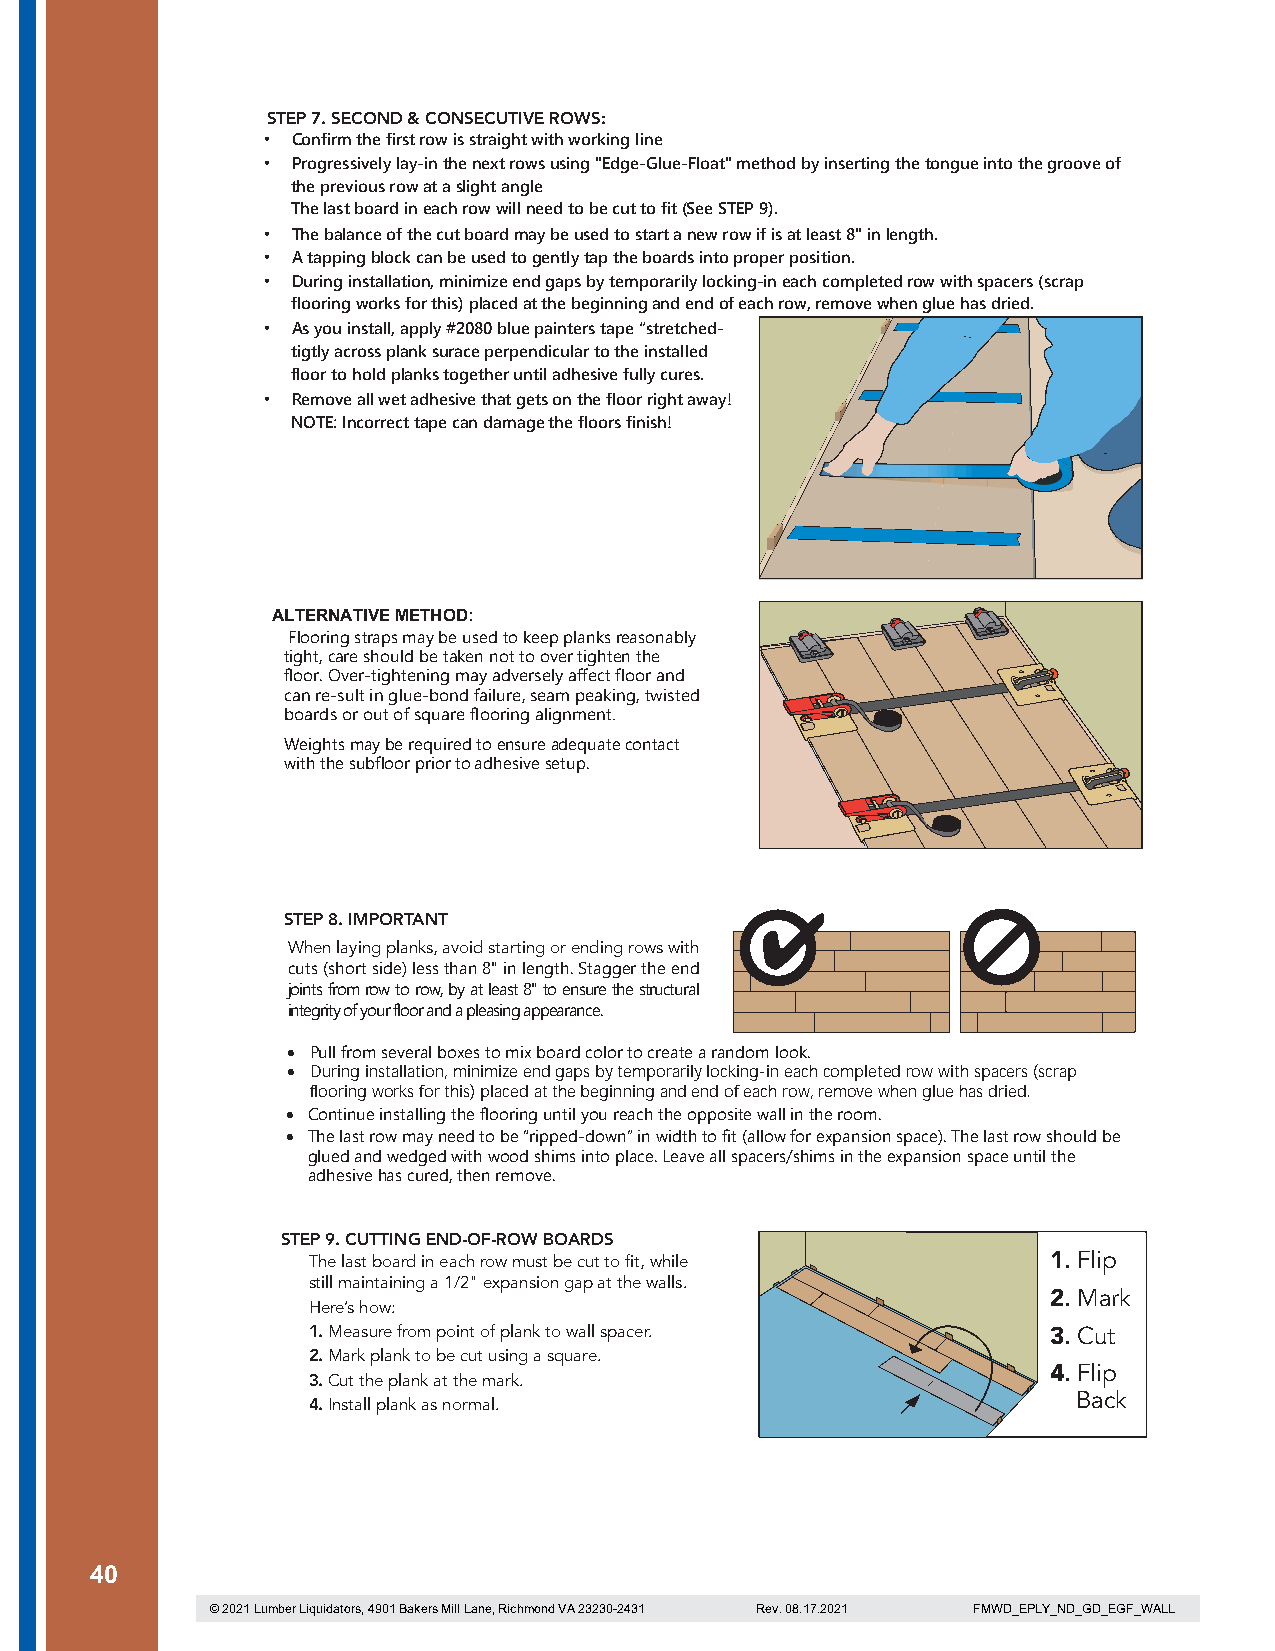
STEP 7. SECOND & CONSECUTIVE ROWS:
 • Confirm the first row is straight with working line
 • Progressively lay-in the next rows using "Edge-Glue-Float" method by inserting the tongue into the groove of
 the previous row at a slight angle
 The last board in each row will need to be cut to fit (See STEP 9).
 • The balance of the cut board may be used to start a new row if is at least 8" in length.
 • A tapping block can be used to gently tap the boards into proper position.
 • During installation, minimize end gaps by temporarily locking-in each completed row with spacers (scrap
 flooring works for this) placed at the beginning and end of each row, remove when glue has dried.
 • As you install, apply #2080 blue painters tape “stretched-
 tigtly across plank surace perpendicular to the installed
 floor to hold planks together until adhesive fully cures.
 • Remove all wet adhesive that gets on the floor right away!
 NOTE: Incorrect tape can damage the floors finish!
 ALTERNATIVE METHOD:
 Flooring straps may be used to keep planks reasonably
 tight, care should be taken not to over tighten the
 floor. Over-tightening may adversely affect floor and
 can re-sult in glue-bond failure, seam peaking, twisted
 boards or out of square flooring alignment.
 Weights may be required to ensure adequate contact
 with the subfloor prior to adhesive setup.
 STEP 8. IMPORTANT
 When laying planks, avoid starting or ending rows with
 cuts (short side) less than 8" in length. Stagger the end
 joints from row to row, by at least 8" to ensure the structural
 integrity of your floor and a pleasing appearance.
 • Pull from several boxes to mix board color to create a random look.
 • During installation, minimize end gaps by temporarily locking-in each completed row with spacers (scrap
 flooring works for this) placed at the beginning and end of each row, remove when glue has dried.
 • Continue installing the flooring until you reach the opposite wall in the room.
 • The last row may need to be “ripped-down” in width to fit (allow for expansion space). The last row should be
 glued and wedged with wood shims into place. Leave all spacers/shims in the expansion space until the
 adhesive has cured, then remove.
 STEP 9. CUTTING END-OF-ROW BOARDS
 The last board in each row must be cut to fit, while 1. Flip
 still maintaining a 1/2" expansion gap at the walls.
 2. Mark
 Here’s how:
 1.Measure from point of plank to wall spacer.     3. Cut
 2.Mark plank to be cut using a square.
 4. Flip
 3.Cut the plank at the mark.
 Back
 4.Install plank as normal.
 40
 © 2021 Lumber Liquidators, 4901 Bakers Mill Lane, Richmond VA 23230-2431 Rev. 08.17.2021 FMWD_EPLY_ND_GD_EGF_WALL